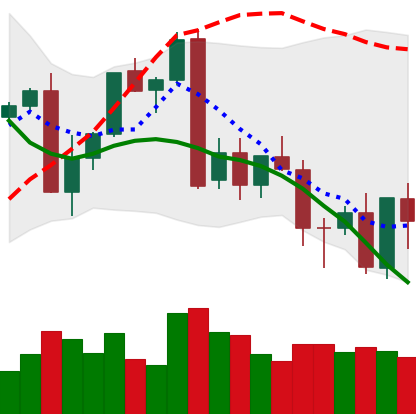
Ticker: XMR-USD
Chart end date: 2022-09-23
Forward return: 4.165%
Label: up_3_5